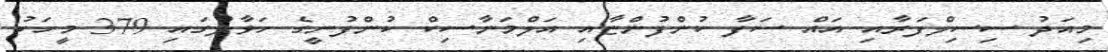
މިއަދު ސިސިލްފަރާއި އައް ސަފާ ކުންފުންޏާއި އަލްމަނާސިކް ކުންފުނީގެ ހަވާލުގައި 379 މީހަކު